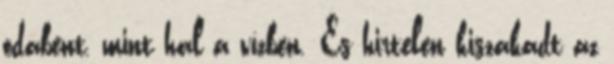
odabent, mint hal a vízben. És hirtelen kiszakadt az